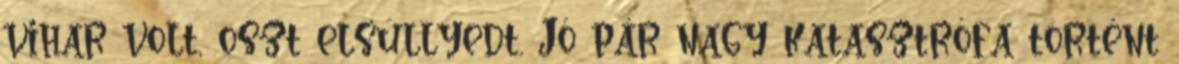
vihar volt, oszt elsüllyedt. Jó pár nagy katasztrófa történt